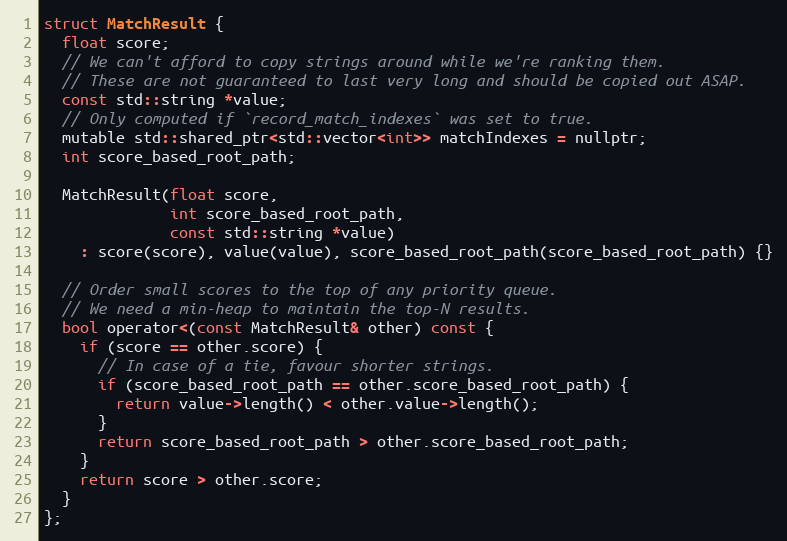
Language: C
struct MatchResult {
  float score;
  // We can't afford to copy strings around while we're ranking them.
  // These are not guaranteed to last very long and should be copied out ASAP.
  const std::string *value;
  // Only computed if `record_match_indexes` was set to true.
  mutable std::shared_ptr<std::vector<int>> matchIndexes = nullptr;
  int score_based_root_path;

  MatchResult(float score,
              int score_based_root_path,
              const std::string *value)
    : score(score), value(value), score_based_root_path(score_based_root_path) {}

  // Order small scores to the top of any priority queue.
  // We need a min-heap to maintain the top-N results.
  bool operator<(const MatchResult& other) const {
    if (score == other.score) {
      // In case of a tie, favour shorter strings.
      if (score_based_root_path == other.score_based_root_path) {
        return value->length() < other.value->length();
      }
      return score_based_root_path > other.score_based_root_path;
    }
    return score > other.score;
  }
};